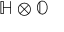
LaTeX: \mathbb { H } \otimes \mathbb { O }